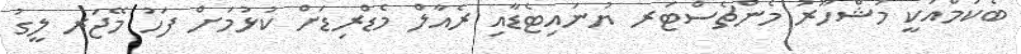
ބެކަމްއަކީ މަޝްހޫރު މެންޗެސްޓަރ ޔުނައިޓެޑާއި ރެއާލް މެޑްރިޑަށް ކުޅުމަށް ފަހު މޭޖަރ ލީގު